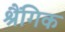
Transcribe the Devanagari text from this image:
श्रैंगिक